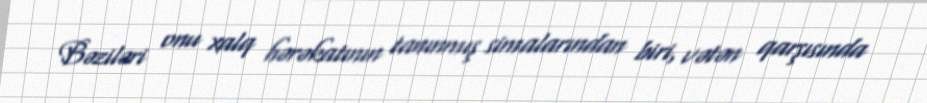
Bəziləri onu xalq hərəkatının tanınmış simalarından biri, vətən qarşısında